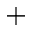
+